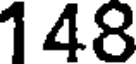
148